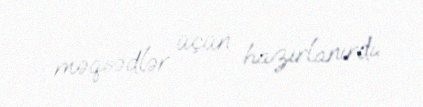
məqsədlər üçün hazırlanırdı.